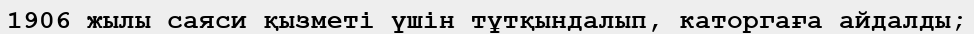
1906 жылы саяси қызметі үшін тұтқындалып, каторгаға айдалды;